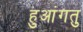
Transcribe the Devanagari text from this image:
हुआंगतु